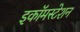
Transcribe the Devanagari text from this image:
इकॉमस्टेशन